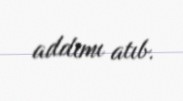
addımı atıb.